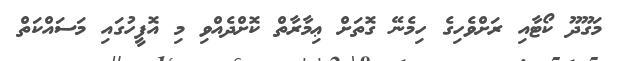
މަގޫދޫ ކޯޓާއި ރަށްވެހިގެ ހިމެނޭ ގޮތަށް ޢިމާރާތް ކޮށްދެއްވި މި އޮފީހުގައި މަސައްކަތް